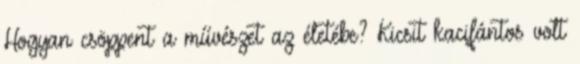
Hogyan csöppent a művészet az életébe? Kicsit kacifántos volt